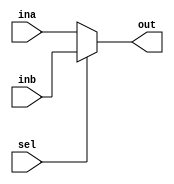
`timescale 1ns / 1ps
//////////////////////////////////////////////////////////////////////////////////
// Company: 
// Engineer: 
// 
// Design Name: 
// Module Name: mux2_1
// Project Name: 
// Target Devices: 
// Tool Versions: 
// Description: 
// 
// Dependencies: 
// 
// Revision:
// Revision 0.01 - File Created
// Additional Comments:
// 
//////////////////////////////////////////////////////////////////////////////////


module mux2_1(
    input [31:0] ina, inb,
    input sel,
    output [31:0] out
    );
    
    assign out = sel == 0 ? ina : inb;
    
endmodule